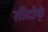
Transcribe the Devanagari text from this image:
सीदोर्फ्